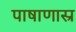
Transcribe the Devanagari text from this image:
पाषाणास्र